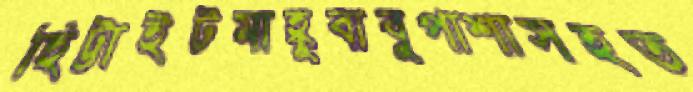
হিট্টাইটমাহ্বুবাবুপাশাসহত